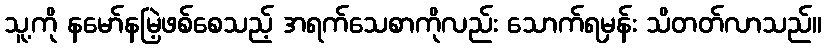
သူ့ကို နမော်နမြဲ့ဖစ်စေသည့် အရက်သေစာကိုလည်း သောက်ရမှန်း သိတတ်လာသည်။